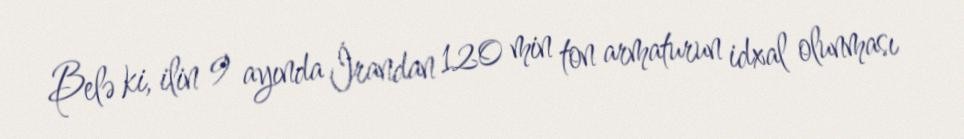
Belə ki, ilin 9 ayında İrandan 120 min ton armaturun idxal olunması